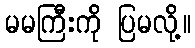
မမကြီးကို ပြမလို့။